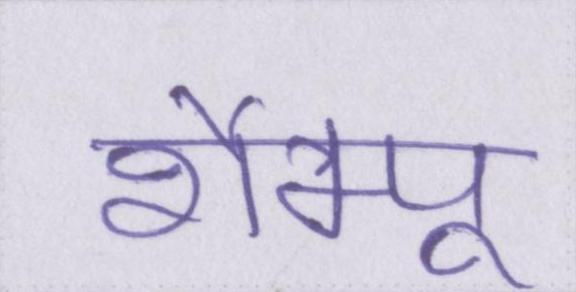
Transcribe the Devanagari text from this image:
शैम्पू